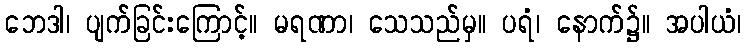
ဘေဒါ၊ ပျက်ခြင်းကြောင့်။ မရဏာ၊ သေသည်မှ။ ပရံ၊ နောက်၌။ အပါယံ၊